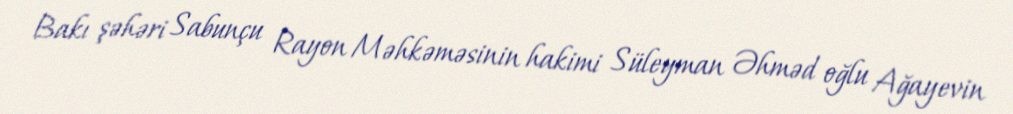
Bakı şəhəri Sabunçu Rayon Məhkəməsinin hakimi Süleyman Əhməd oğlu Ağayevin